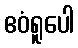
ဧဝံရူပေါ